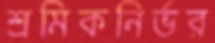
শ্রমিকনির্ভর